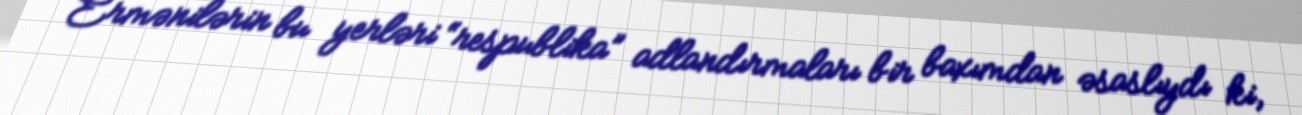
Ermənilərin bu yerləri “respublika” adlandırmaları bir baxımdan əsaslıydı ki,